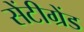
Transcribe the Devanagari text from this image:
सेंटीग्रेंड